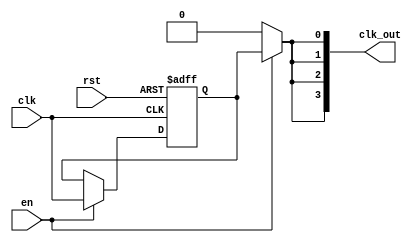
module clock_tree_buffer #(
    parameter NUM_OUTPUTS = 4,    // Number of buffered clock outputs
    parameter DRIVE_STRENGTH = 2   // Drive strength parameter (1 to 3)
)(
    input wire clk,                 // Primary Clock Signal
    input wire en,                  // Enable Signal
    input wire rst,                 // Reset Signal
    output reg [NUM_OUTPUTS-1:0] clk_out // Buffered Clock Outputs
);

    // Internal signals for clock buffering and control
    wire clk_buffered;
    reg clk_internal;

    // Buffer stages: hierarchical design for buffering
    generate
        genvar i;
        for (i = 0; i < NUM_OUTPUTS; i = i + 1) begin: buffer_stage
            // Simple buffer logic with control for drive strength
            assign clk_out[i] = en ? clk_internal : 1'b0;
        end
    endgenerate

    // Control logic for enable and reset
    always @(posedge clk or posedge rst) begin
        if (rst) begin
            clk_internal <= 1'b0;
        end else if (en) begin
            clk_internal <= clk; // Buffering the clock signal when enabled
        end
    end

endmodule